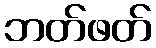
ဘတ်ဖတ်